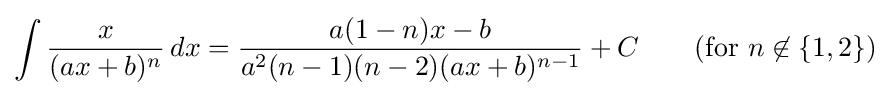
\int {\frac {x}{(ax+b)^{n}}}\,dx={\frac {a(1-n)x-b}{a^{2}(n-1)(n-2)(ax+b)^{n-1}}}+C\qquad {\text{(for }}n\not \in \{1,2\}{\mbox{)}}